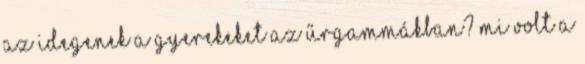
az idegenek a gyerekeket az Űrgammákban? Mi volt a